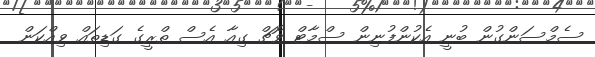
ސެމްސަންގުން ބުނީ އެކުންފުނިން ސްމާޓް ވޮޗް ގިއާ އެސް ތްރީގެ ގަޑިތައް ވިއްކަން